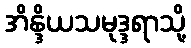
အိန္ဒိယသမုဒ္ဒရာသို့